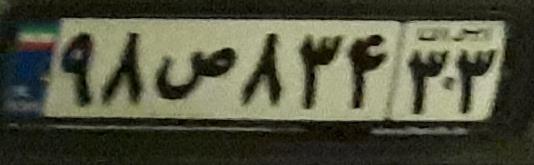
۹۸ص۸۳۴۳۳